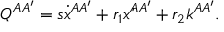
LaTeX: Q ^ { A A ^ { \prime } } = s \dot { x } { } ^ { A A ^ { \prime } } + r _ { 1 } \acute { x } { } ^ { A A ^ { \prime } } + r _ { 2 } k ^ { A A ^ { \prime } } .